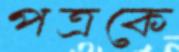
পত্রকে